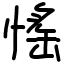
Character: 愮